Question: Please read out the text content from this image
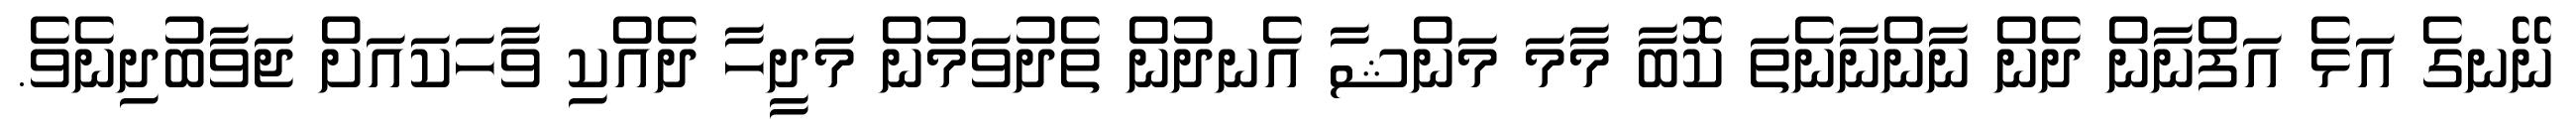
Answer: ނޭނގެ އަޅެ އަފްނާން ދެން ނާންނާނެތަ ކޮބާ މާމަ މަންޝާ އެނދުން ތެދުވަމުން މަދީހާ ދެއްކި ވާހަކައަށް ޖަވާބުދިނެވެ.